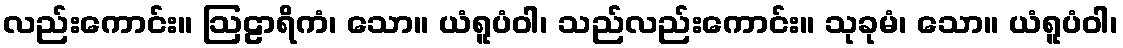
လည်းကောင်း။ ဩဠာရိကံ၊ သော။ ယံရူပံဝါ၊ သည်လည်းကောင်း။ သုခုမံ၊ သော။ ယံရူပံဝါ၊